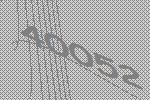
40052